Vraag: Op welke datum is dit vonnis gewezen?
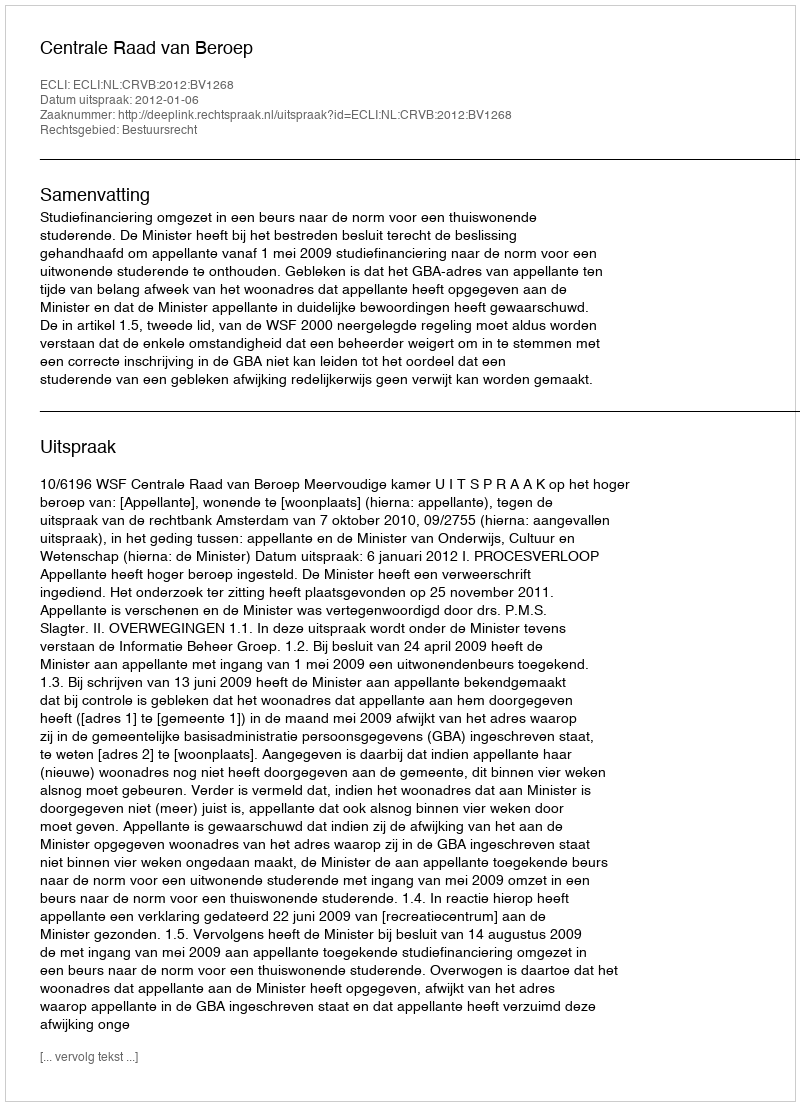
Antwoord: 2012-01-06